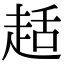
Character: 趏